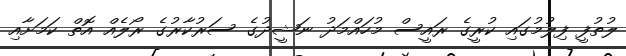
ލުތުފީ ފިލުމުގައި ކުރީގެ ރައީސް މުހައްމަދު ނަޝީދުގެ ސަރުކާރުގެ ރޯލެއް އޮތް ކަމަށާއި